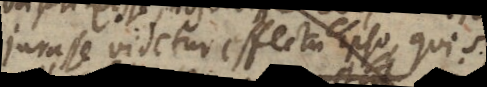
videtur effectu ipso, qui